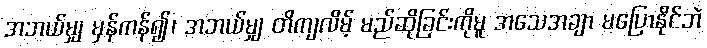
အဘယ်မျှ မှန်ကန်၍၊ အဘယ်မျှ တိကျလိမ့် မည်ဆိုခြင်းကိုမူ အသေအချာ မပြောနိုင်ဘဲ